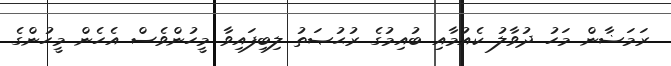
ރަމަޟާން މަހު ދުވާލު ކެއުމާއި ބުއިމުގެ ރުޙުޞަތު ލިބިފައިވާ މީހުންވެސް އެހެން މީހުންގެ